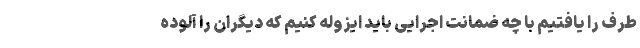
طرف را یافتیم با چه ضمانت اجرایی باید ایزوله کنیم که دیگران را آلوده